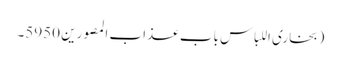
(بخاری اللباس باب عذاب المصورین 5950۔